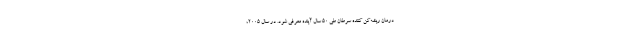
درمان ریشه‌کن کننده سرطان طی 50 سال آینده معرفی شود. در سال 2005،